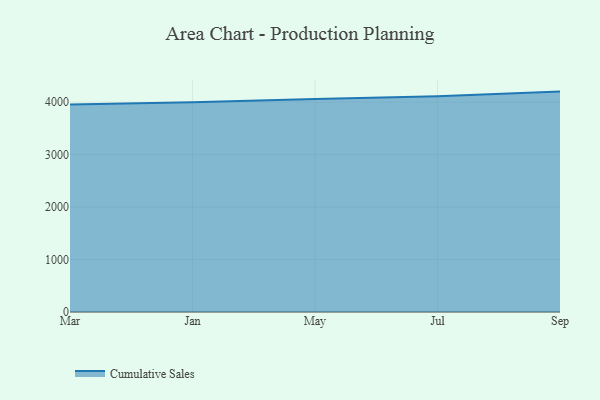
{"axis": {"x": "Month", "y": "Gross Profit (USD K)"}, "legend": ["Cumulative Sales"], "data": [{"x": "Mar", "y": 3957.8, "type": "Cumulative Sales"}, {"x": "Jan", "y": 3999.8, "type": "Cumulative Sales"}, {"x": "May", "y": 4058.4, "type": "Cumulative Sales"}, {"x": "Jul", "y": 4112.5, "type": "Cumulative Sales"}, {"x": "Sep", "y": 4201.7, "type": "Cumulative Sales"}]}